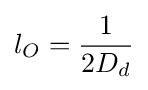
l_{O}={\frac {1}{2D_{d}}}